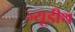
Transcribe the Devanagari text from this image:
ज्यूडीथ